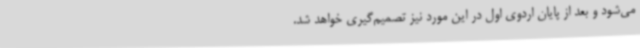
می‌شود و بعد از پایان اردوی اول در این مورد نیز تصمیم‌گیری خواهد شد.